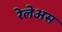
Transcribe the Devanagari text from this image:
रेलेअस